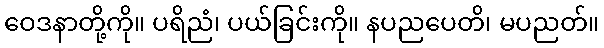
ဝေဒနာတို့ကို။ ပရိညံ၊ ပယ်ခြင်းကို။ နပညပေတိ၊ မပညတ်။